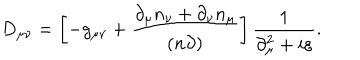
LaTeX: D _ { \mu \nu } = \left[ - g _ { \mu \nu } + \frac { \partial _ { \mu } n _ { \nu } + \partial _ { \nu } n _ { \mu } } { ( n \partial ) } \right] \frac { 1 } { \partial _ { \mu } ^ { 2 } + i \varepsilon } .